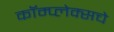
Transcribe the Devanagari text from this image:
कॉम्प्लेक्सचे